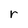
Character: r